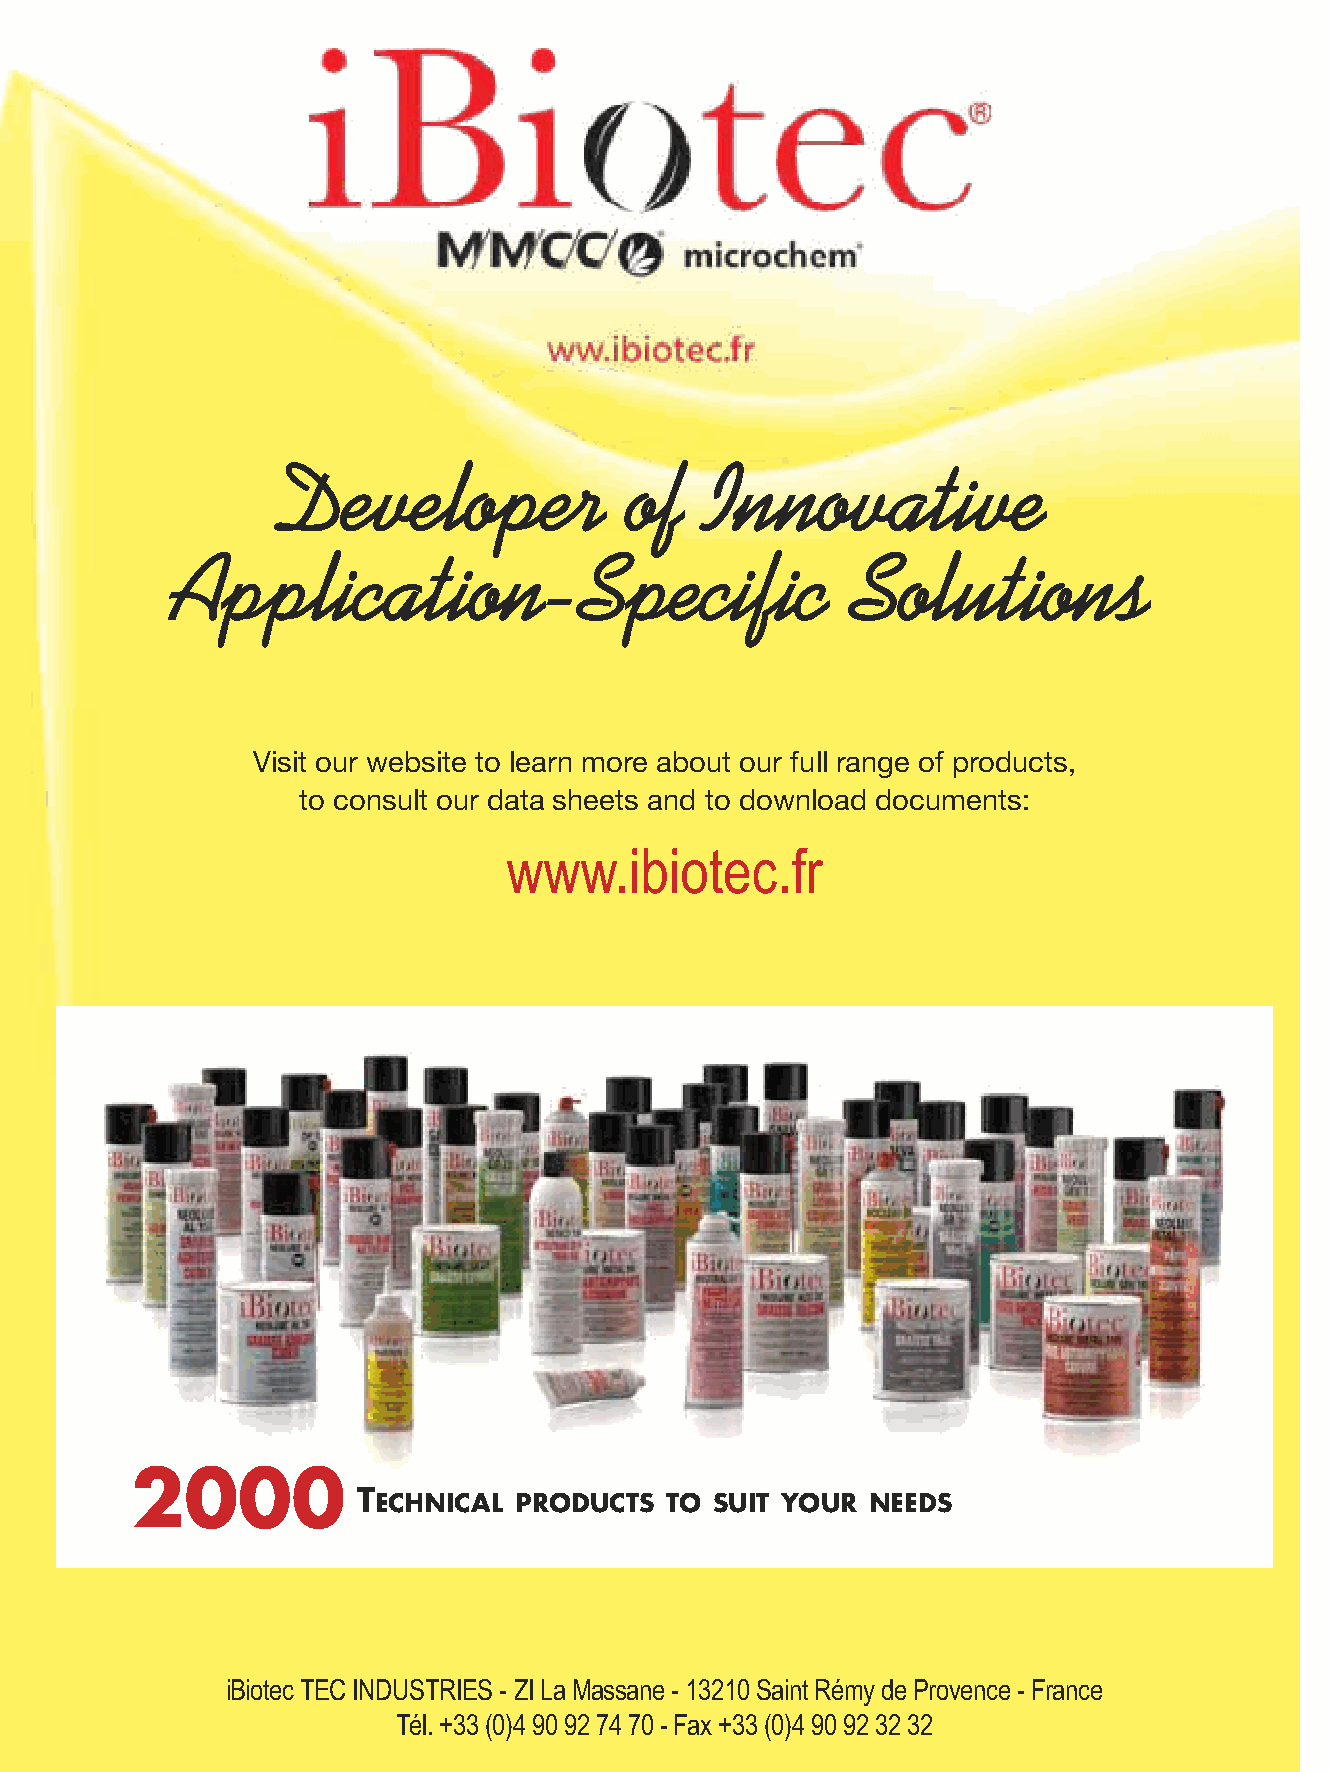
Developer              of   Innovative
 Application-Specific                         Solutions
 Visit our website to learn more about our full range of products,
 to consult our data sheets and to download documents:
 www.ibiotec.fr
 2000
 TECHNICAL PRODUCTS  TO SUIT YOUR NEEDS
 iBiotec TEC INDUSTRIES - ZI La Massane - 13210 Saint Rémy de Provence - France
 Tél. +33 (0)4 90 92 74 70 - Fax +33 (0)4 90 92 32 32